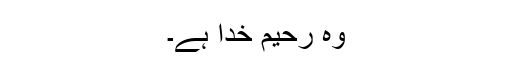
وہ رحیم خدا ہے۔